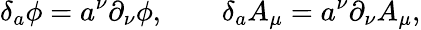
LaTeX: \delta_{a}\phi=a^{\nu}\partial_{\nu}\phi,\qquad\delta_{a}A_{\mu}=a^{\nu}\partial_{\nu}A_{\mu},